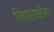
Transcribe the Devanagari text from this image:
विद्याशाखेला